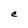
Character: C